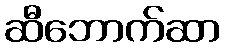
ဆီဘောက်ဆာ